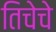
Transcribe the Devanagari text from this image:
तिचेचे